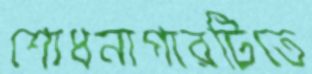
শোধনাগারটিতে